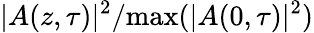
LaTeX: |A(z,\tau)|^{2}/\mathrm{{max}}(|A(0,\tau)|^{2})